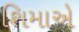
શિમાએ